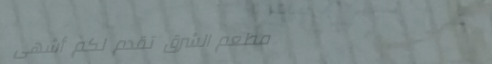
مطعم الشرق تقدم لكم أشهى